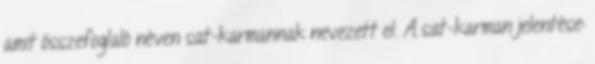
amit összefoglaló néven sat-karmannak nevezett el. A sat-karman jelentése: